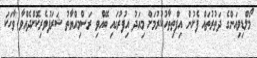
މޯލްޑިވިއަންގެ ދަތުރުތައް ފެށުން އިފްތިތާހުކުރުމަށް މިއަދު އިފުރުގައި ބޭއްވި ރަސްމިއްޔާތު ޝަރަފުވެރިކޮށްދެއްވާ ވާހަކަ